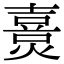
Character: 𤏴